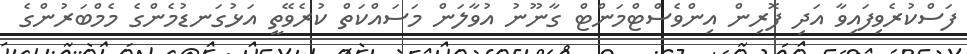
ފަސްކުރެވިފައިވާ އަދި ފޮރިން އިންވެސްޓްމަންޓް ގާނޫނު އުވާލަން މަސައްކަތް ކުރެވޭތީ އަޅުގަނޑުމެންގެ މެމްބަރުންގެ